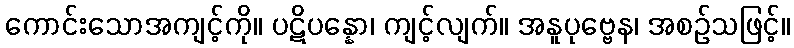
ကောင်းသောအကျင့်ကို။ ပဋိပန္နော၊ ကျင့်လျက်။ အနူပုဗ္ဗေန၊ အစဉ်သဖြင့်။